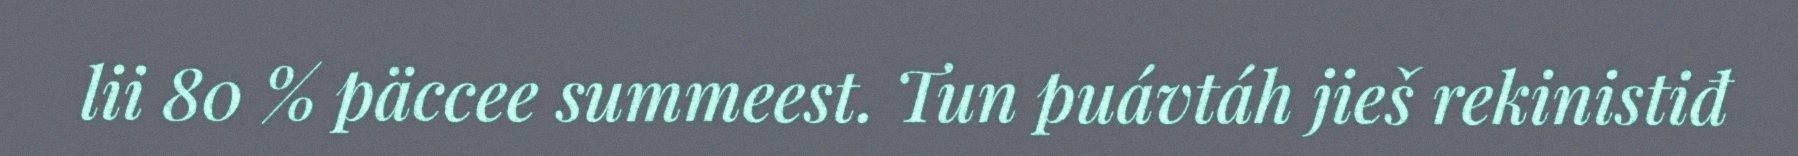
lii 80 % päccee summeest. Tun puávtáh jieš rekinistiđ